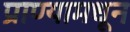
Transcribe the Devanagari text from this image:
प्राण्यामधून